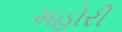
મહોરી